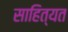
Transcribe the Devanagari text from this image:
साहित्यत